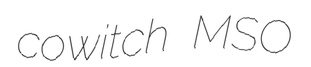
cowitch MSO